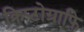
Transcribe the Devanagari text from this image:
क्रिप्टोग्राफि